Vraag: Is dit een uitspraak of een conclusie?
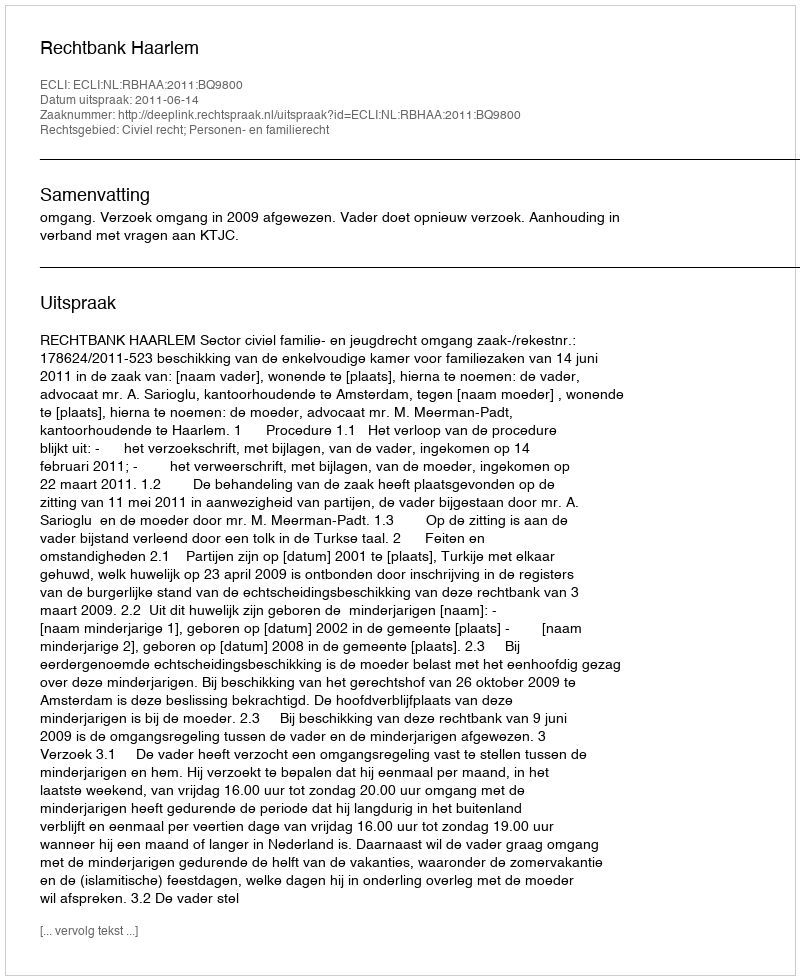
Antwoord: Uitspraak